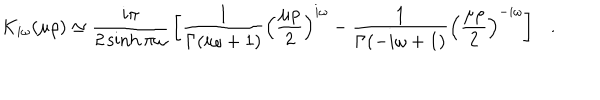
K _ { i \omega } ( \mu \rho ) \simeq { \frac { i \pi } { 2 \sinh \pi \omega } } \left[ { \frac { 1 } { \Gamma ( i \omega + 1 ) } } \left( { \frac { \mu \rho } { 2 } } \right) ^ { i \omega } - { \frac { 1 } { \Gamma ( - i \omega + 1 ) } } \left( { \frac { \mu \rho } { 2 } } \right) ^ { - i \omega } \right] .